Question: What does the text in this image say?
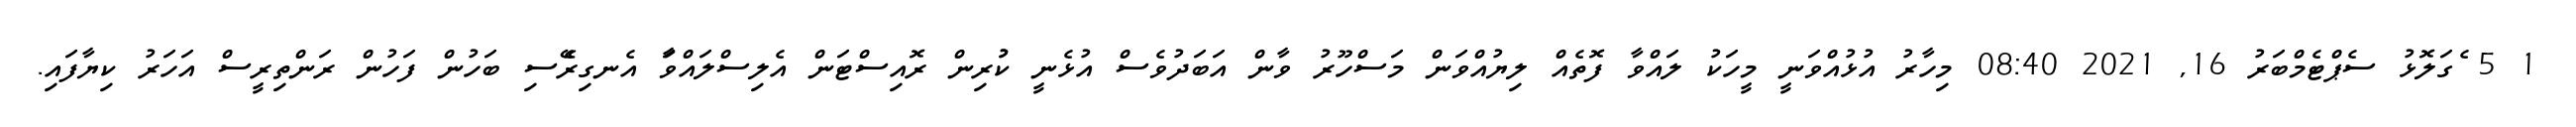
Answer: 1 5 ެގަލޮޅު ސެޕްޓެމްބަރު 16, 2021 08:40 މިހާރު އުޅުއްވަނީ މީހަކު ލައްވާ ފޮތެއް ލިޔުއްވަން މަސްހޫރު ވާން އަބަދުވެސް އުޅެނީ ކުުރިން ރޮއިސްޓަން އެލިސްލައްވަާ އެނގިރެޭސި ބަހުން ފަހުން ރަންތިރީސް އަހަރު ކިޔާފައި.